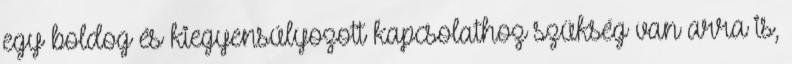
egy boldog és kiegyensúlyozott kapcsolathoz szükség van arra is,